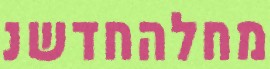
מחלהחדשנ